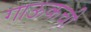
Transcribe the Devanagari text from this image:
गाऊकची